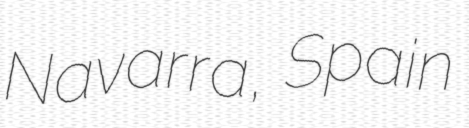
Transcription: Navarra, Spain